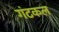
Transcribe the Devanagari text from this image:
गंटकल